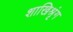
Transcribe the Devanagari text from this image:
शाखिश्रृंग